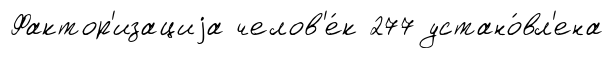
Фактор'изациjа челов'е́к 277 устано́вл'ена